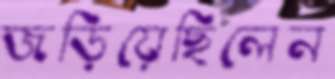
জড়িয়েছিলেন